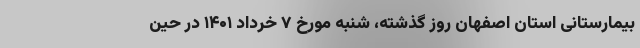
بیمارستانی استان اصفهان روز گذشته، شنبه مورخ ۷ خرداد ۱۴۰۱ در حین